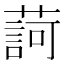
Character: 𦺞